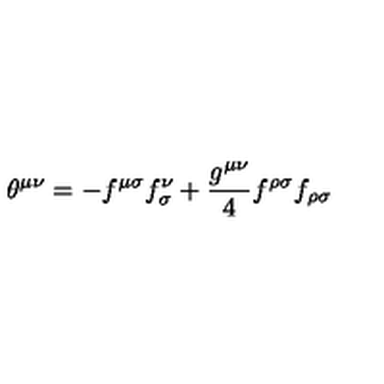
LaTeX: { \theta } ^ { { \mu } { \nu } } = - f ^ { { \mu } { \sigma } } f _ { { \sigma } } ^ { \nu } + \frac { g ^ { { \mu } { \nu } } } { 4 } f ^ { { \rho } { \sigma } } f _ { { \rho } { \sigma } }